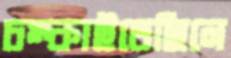
চম্‌কাইতেছিলে